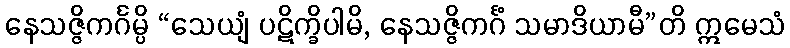
နေသဇ္ဇိကင်္ဂမ္ပိ “သေယျံ ပဋိက္ခိပါမိ, နေသဇ္ဇိကင်္ဂံ သမာဒိယာမီ”တိ ဣမေသံ